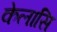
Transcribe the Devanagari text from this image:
केलासि